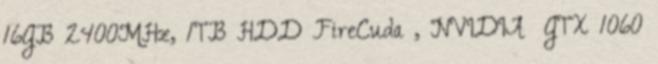
16GB 2400MHz, 1TB HDD FireCuda , NVIDIA® GTX 1060